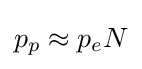
p_{p}\approx p_{e}N